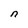
Character: n